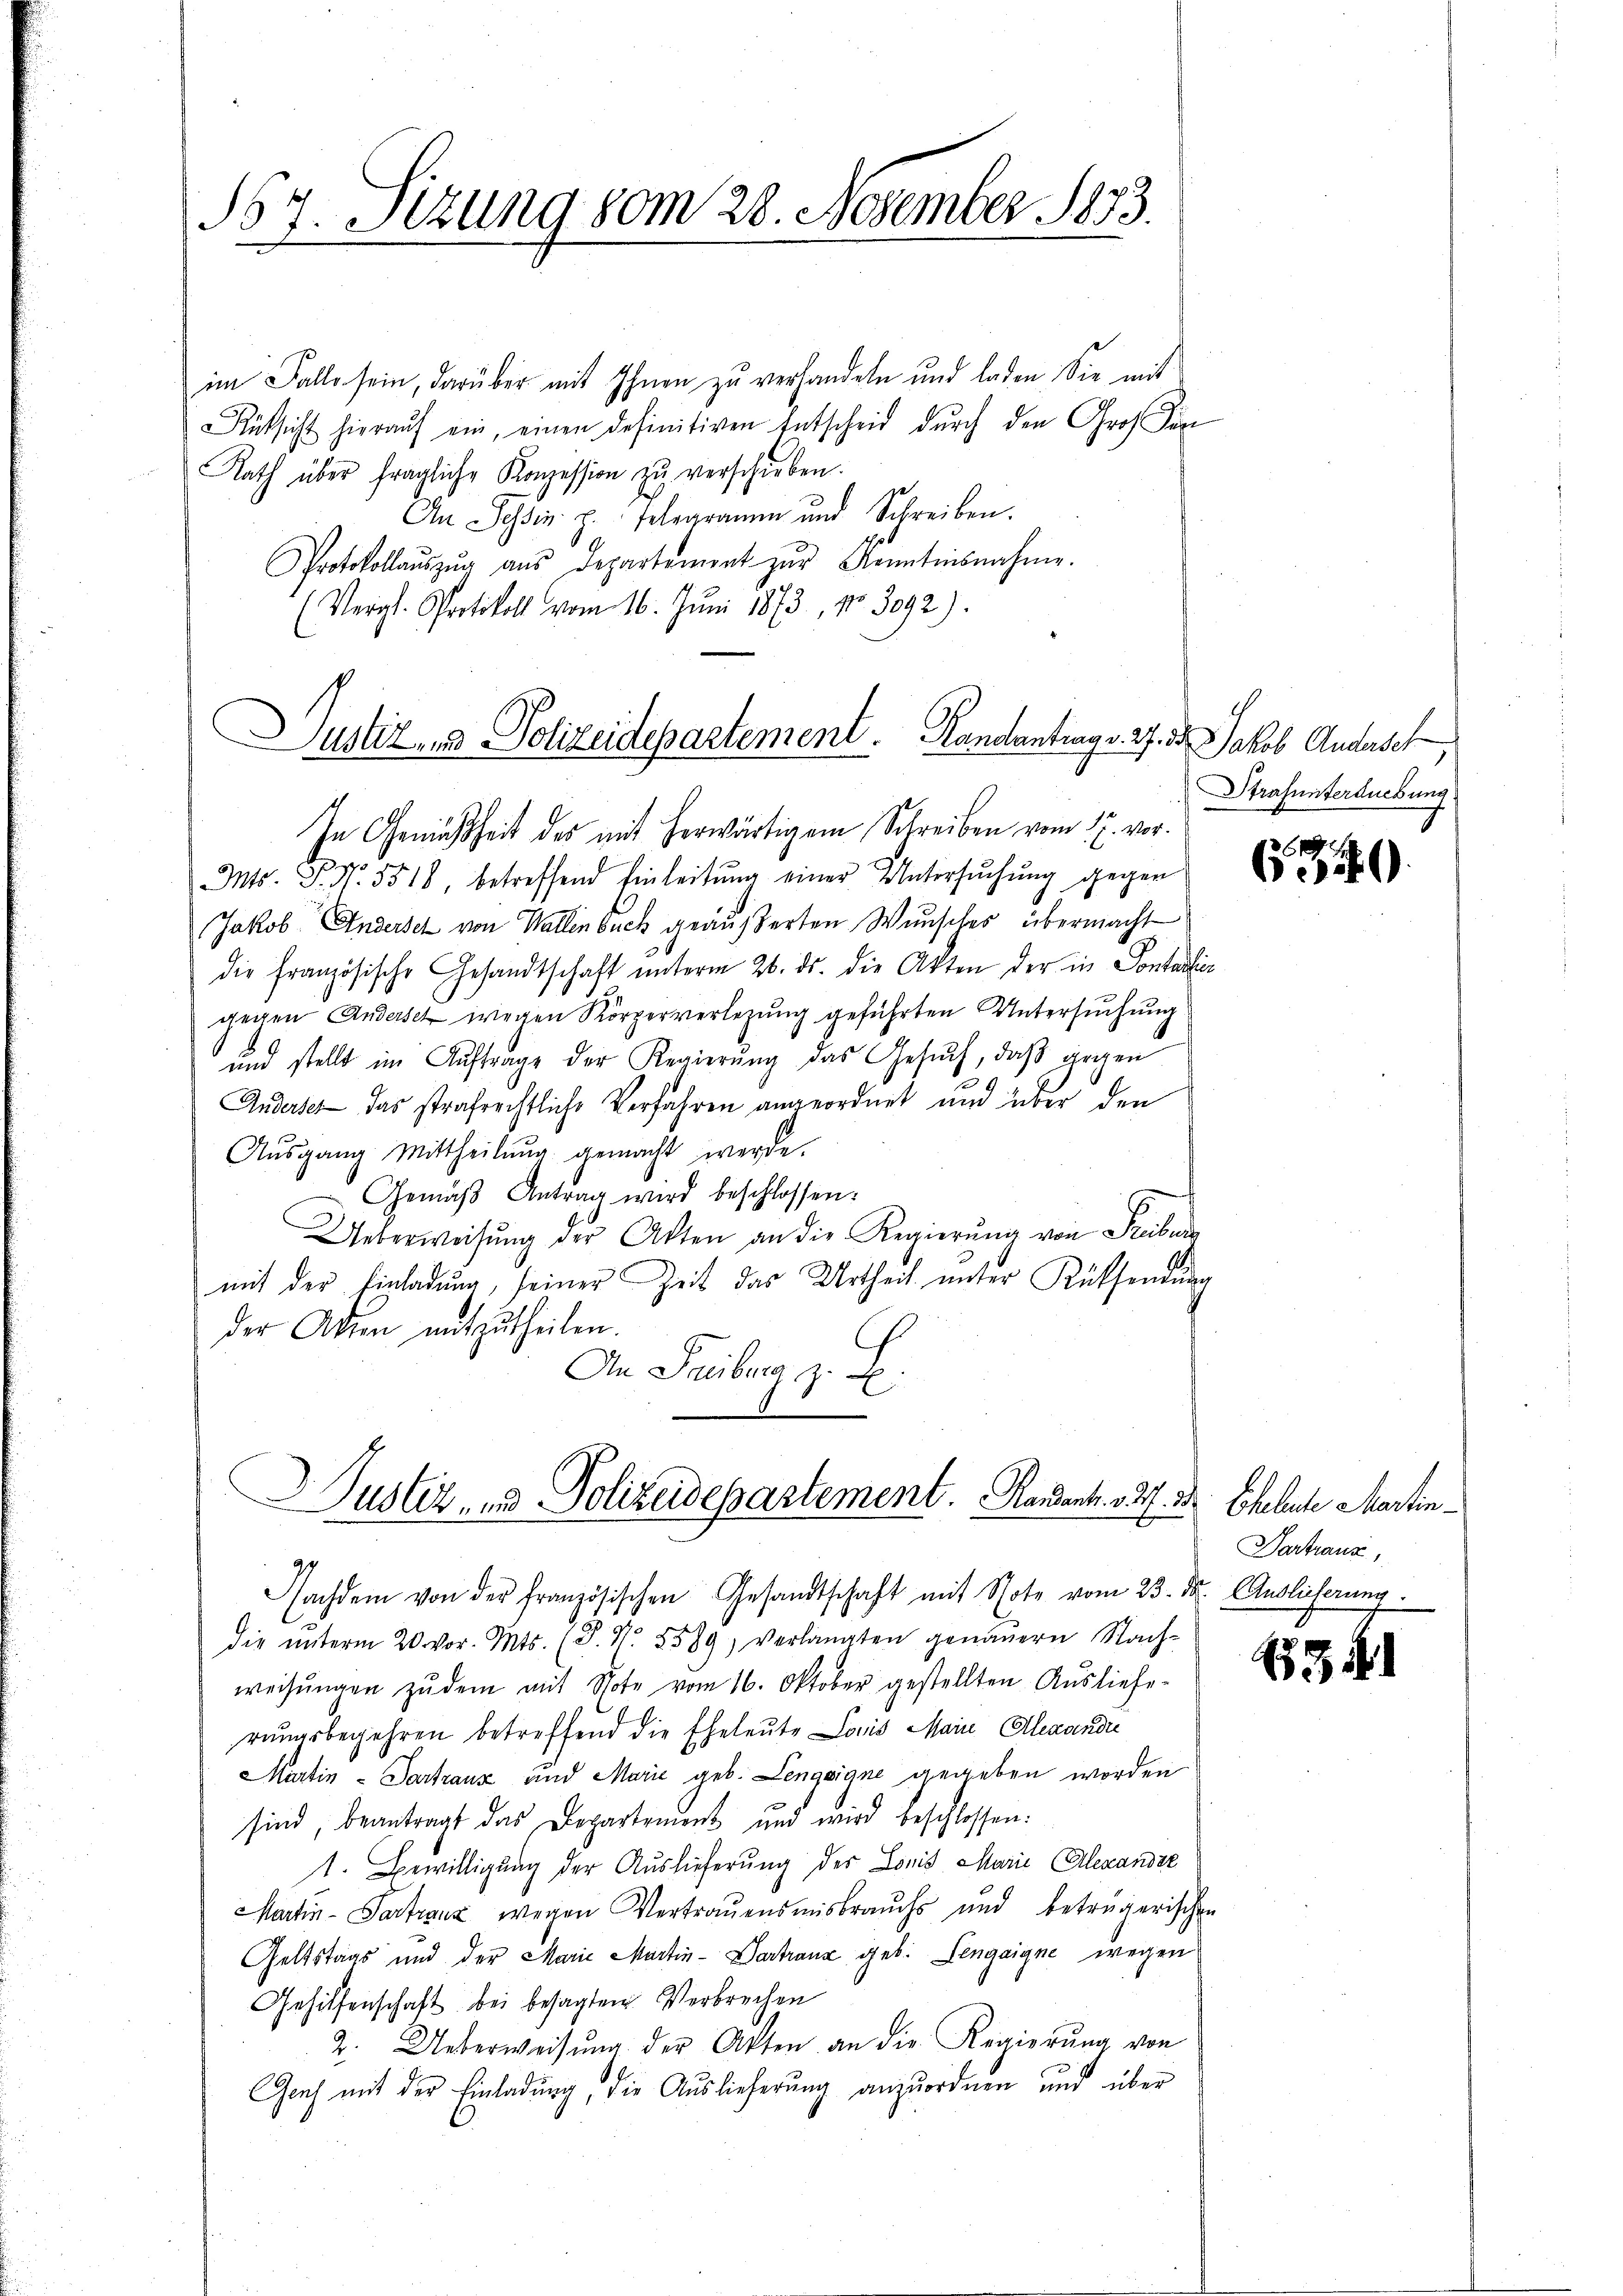
567. Sitzung vom 28. November 1833.

im Falle sein, darüber mit Ihnen zu verhandeln und laden Sie mit
Rüksicht hierauf ein, einen definitiven Entscheid durch den Groß in
Rath über fragliche Konzession zu verschieben.
An Tessin. z. Telegramm und Schreiben.
Protokollaŭszŭg aŭs Departement zŭr Kenntnisnahme.
(Vergl. Protokoll vom 16. Juni 1873, No 3092).

Justiz- und Polizeidepartement.   Randantrag v. 27. d. Jakob Andersch

In Gemäßheit des mit herwärtigem Schreiben vom 17. vor.
Mts. P. Nr. 5518, betreffend Einleitung einer Untersuchung gegen
Jakob Andersch von Wallen Such geäußerten Wunsches übermacht
die Französische Gesandtschaft unterm 26. ds. die Akten der in Sontalien
gegen Anderseh wegen Körperverlegung geführten Untersuchung
und stellt im Auftrage der Regierŭng das Gesŭch, daß gegen
Andersel das strafrechtliche Verfahren angeordnet und über den
Aŭsgang Mittheilŭng gemacht werde.
Gemäβ Antrag wird beschlossen:
Ueberweisŭng der Akten an die Regierŭng von Freibung
mit der Einladung, seiner Zeit das Urtheil unter Rüksendung
der Akten mitzutheilen.
An Freiburg z. B.
uster, und Polizeidepartement. Randant. 227. 34. Eheleute Martin¬
Nachdem von der französischen Gesandtschaft mit Note vom 23. d. Auslieferung
die ŭnterm 20. vor. Mts. (T. N. 2589, verlangten genauern Nach-
weisŭngen zŭ dem mit Note vom 16. Oktober gestellten Ausliefe-
rungsbegehren betreffend die Eheleute Lois Main Alexandre
Martin - Partraux und Marie geb. Lengaigne gegeben worden
sind, beantragt das Departement und wird beschlossen:
1. Bewilligung der Auslieferung des Lonis, Marie Alexandiz
Martin-Sarranz wegen Vertrauensmisbrauchs und beträgerischen
Geltstags und der Marie Martin- Vertranz geb. Pengaigne wegen
Gehilfenschaft bei besagten Verbrechen
2. Ueberweisŭng der Akten an die Regierŭng von
Geih mit der Einladung, die Auslieferung anzuordnen und über

Strafuntersuebung

G.

Parfranz,

t